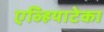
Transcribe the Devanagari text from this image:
एव्हियाटेका